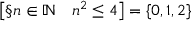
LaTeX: \left[ \S n \in \mathbb { N } \quad n ^ { 2 } \leq 4 \right] = \{ 0 , 1 , 2 \}